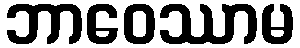
ဘာဝေဿာမ